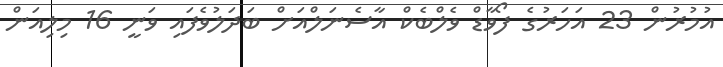
އުމުރުން 23 އަހަރުގެ ފޯވާާޑް ވެލްބެކް އާސެނަލްއަށް ބަދަލުވެފައި ވަނީ 16 މިލިއަން